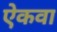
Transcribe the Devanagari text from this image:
ऐकवा